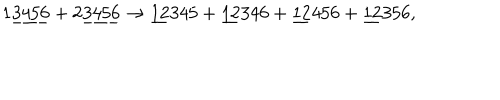
1 \underline { { { 3 4 5 6 } } } + 2 \underline { { { 3 4 5 6 } } } \rightarrow \underline { { { 1 2 } } } 3 4 5 + \underline { { { 1 2 } } } 3 4 6 + \underline { { { 1 2 } } } 4 5 6 + \underline { { { 1 2 } } } 3 5 6 ,